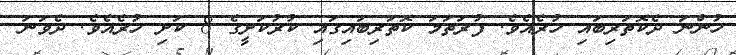
ހުންނަ ދެކޮތަރިބައި ހުރެއެވެ. ފުރަތަމަ ކޮތަރިބައިގައި ކުރުކަށީގެ 8 ކަށި ހުރެއެވެ. ދެވަނަ